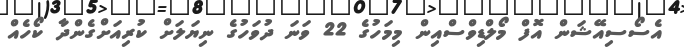
އެސޯސިއޭޝަން އޮފް މޯލްޑިވްސްއިން މިމަހުގެ 22 ވަނަ ދުވަހުގެ ނިޔަލަށް ކުރިއަށްގެންދާ ކޯހެއް